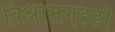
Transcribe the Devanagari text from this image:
विश्रामगृहही